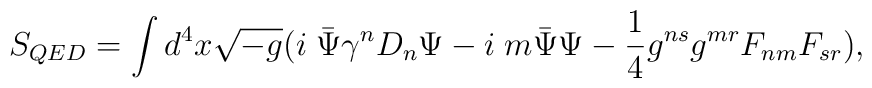
S_{QED}=\int d^4 x \sqrt{-g}(i\;\bar\Psi\gamma^n D_n \Psi-i\;m \bar\Psi\Psi-\frac{1}{4}g^{ns}g^{mr}F_{nm}F_{sr}),